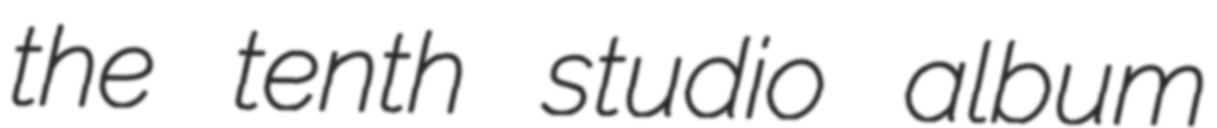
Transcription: the tenth studio album